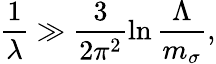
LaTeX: \frac{1}{\lambda}\gg\frac{3}{2\pi^{2}}\ln{\frac{\Lambda}{m_{\sigma}}},